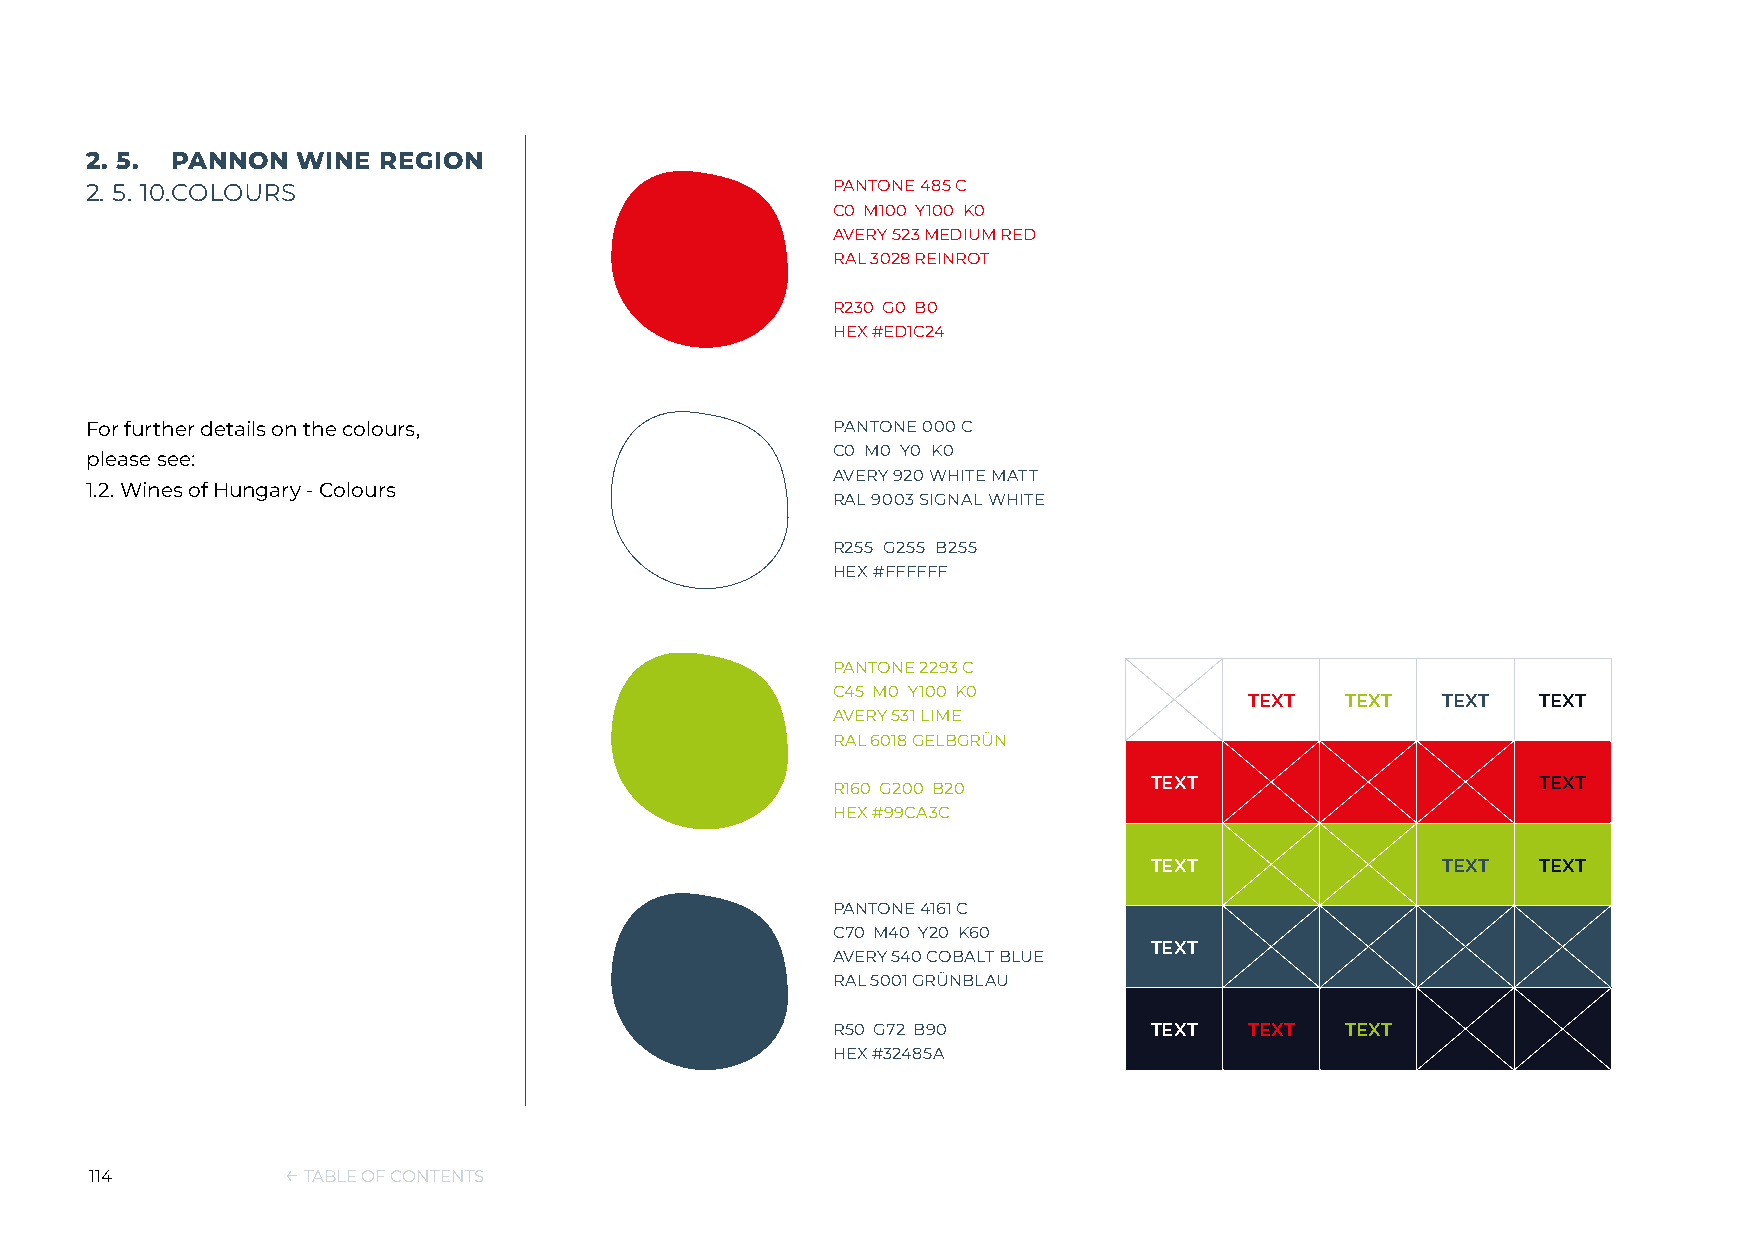
2. 5. PANNON  WINE REGION
 2. 5. 10. COLOURS                                PANTONE 485 C
 C0 M100 Y100 K0
 AVERY 523 MEDIUM RED
 RAL 3028 REINROT
 R230 G0 B0
 HEX #ED1C24
 For further details on the colours,              PANTONE 000 C
 C0 M0 Y0 K0
 please see:
 AVERY 920 WHITE MATT
 1.2. Wines of Hungary - Colours
 RAL 9003 SIGNAL WHITE
 R255 G255 B255
 HEX #FFFFFF
 PANTONE 2293 C
 C45 M0 Y100 K0
 TEXT  TEXT  TEXT   TEXT
 AVERY 531 LIME
 RAL 6018 GELBGRÜN
 R160 G200 B20        TEXT                      TEXT
 HEX #99CA3C
 TEXT               TEXT   TEXT
 PANTONE 4161 C
 C70 M40 Y20 K60
 TEXT
 AVERY 540 COBALT BLUE
 RAL 5001 GRÜNBLAU
 R50 G72 B90          TEXT   TEXT  TEXT
 HEX #32485A
 114          ← TABLE OF CONTENTS